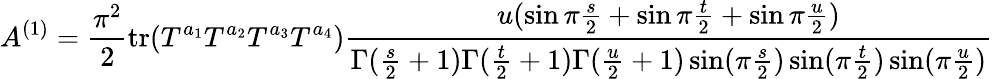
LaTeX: A^{(1)}={\frac{\pi^{2}}{2}}\mathrm{tr}(T^{a_{1}}T^{a_{2}}T^{a_{3}}T^{a_{4}}){\frac{u(\sin\pi{\frac{s}{2}}+\sin\pi{\frac{t}{2}}+\sin\pi{\frac{u}{2}})}{\Gamma({\frac{s}{2}}+1)\Gamma({\frac{t}{2}}+1)\Gamma({\frac{u}{2}}+1)\sin(\pi{\frac{s}{2}})\sin(\pi{\frac{t}{2}})\sin(\pi{\frac{u}{2}})}}